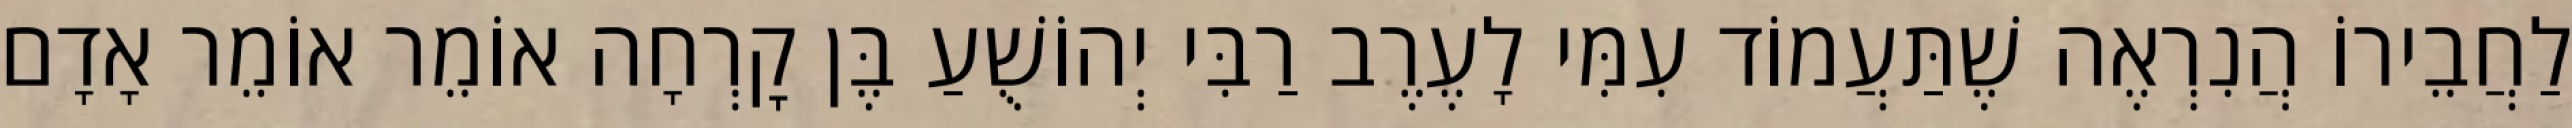
לַחֲבֵירוֹ הֲנִרְאֶה שֶׁתַּעֲמוֹד עִמִּי לָעֶרֶב רַבִּי יְהוֹשֻׁעַ בֶּן קׇרְחָה אוֹמֵר אוֹמֵר אָדָם